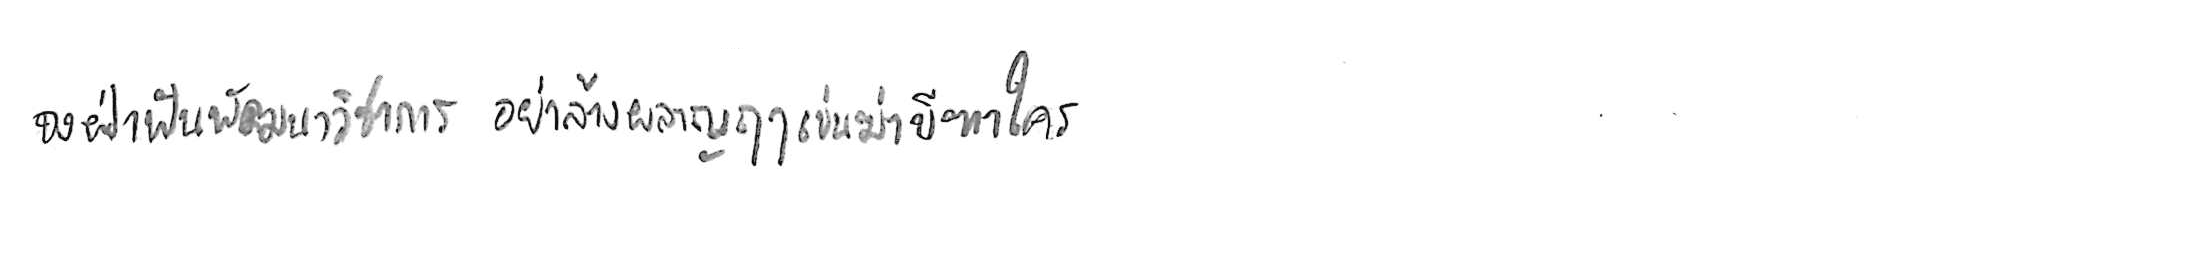
จงฝ่าฟันพัฒนาวิชาการ อย่าล้างผลาญฤๅเข่นฆ่าบีฑาใคร